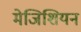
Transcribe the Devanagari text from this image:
मेजिशियन